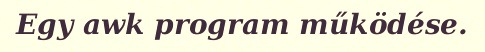
Egy awk program működése.